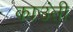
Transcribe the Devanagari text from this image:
काउंती